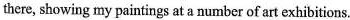
there, showing my paintings at a number of art exhibitions.